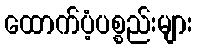
ထောက်ပံ့ပစ္စည်းများ